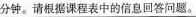
分钟。请根据课程表中的信息回答问题。